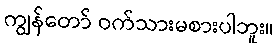
ကျွန်တော် ဝက်သားမစားပါဘူး။